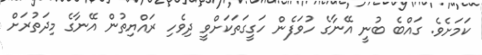
ކަަމަށެވެ. ގައްބެ ބުނީ އޭނާގެ ހުވަފެން ހަގީގަތަކަށްވީ ދިވެހި ރައްޔިތުން އޭނާގެ މިދަތުރަށް